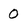
Character: 0